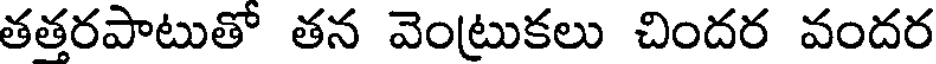
తతరపాటుతో తన వెంట్రుకలు చిందర వందర